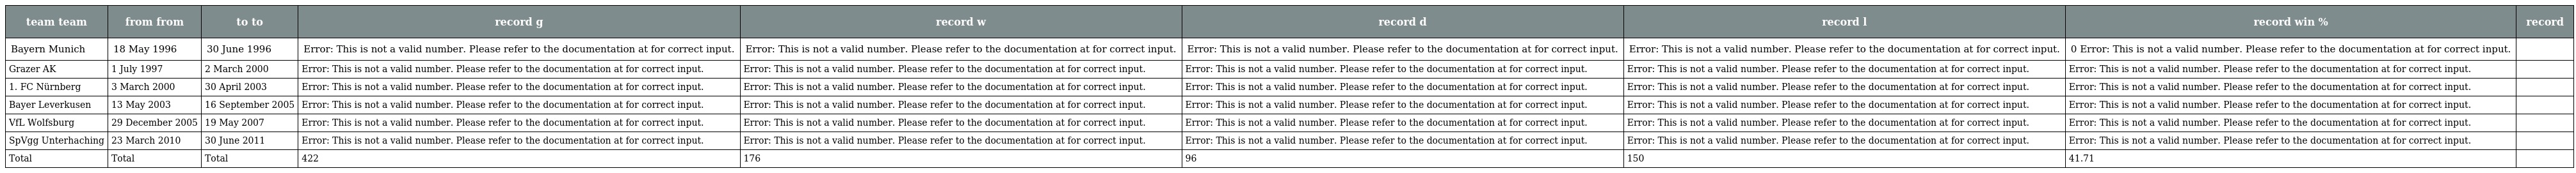
| team team | from from | to to | record g | record w | record d | record l | record win % | record |
 | --- | --- | --- | --- | --- | --- | --- | --- | --- |
 | Bayern Munich | 18 May 1996 | 30 June 1996 | Error: This is not a valid number. Please refer to the documentation at for correct input. | Error: This is not a valid number. Please refer to the documentation at for correct input. | Error: This is not a valid number. Please refer to the documentation at for correct input. | Error: This is not a valid number. Please refer to the documentation at for correct input. | 0 Error: This is not a valid number. Please refer to the documentation at for correct input. |  |
 | Grazer AK | 1 July 1997 | 2 March 2000 | Error: This is not a valid number. Please refer to the documentation at for correct input. | Error: This is not a valid number. Please refer to the documentation at for correct input. | Error: This is not a valid number. Please refer to the documentation at for correct input. | Error: This is not a valid number. Please refer to the documentation at for correct input. | Error: This is not a valid number. Please refer to the documentation at for correct input. |  |
 | 1. FC Nürnberg | 3 March 2000 | 30 April 2003 | Error: This is not a valid number. Please refer to the documentation at for correct input. | Error: This is not a valid number. Please refer to the documentation at for correct input. | Error: This is not a valid number. Please refer to the documentation at for correct input. | Error: This is not a valid number. Please refer to the documentation at for correct input. | Error: This is not a valid number. Please refer to the documentation at for correct input. |  |
 | Bayer Leverkusen | 13 May 2003 | 16 September 2005 | Error: This is not a valid number. Please refer to the documentation at for correct input. | Error: This is not a valid number. Please refer to the documentation at for correct input. | Error: This is not a valid number. Please refer to the documentation at for correct input. | Error: This is not a valid number. Please refer to the documentation at for correct input. | Error: This is not a valid number. Please refer to the documentation at for correct input. |  |
 | VfL Wolfsburg | 29 December 2005 | 19 May 2007 | Error: This is not a valid number. Please refer to the documentation at for correct input. | Error: This is not a valid number. Please refer to the documentation at for correct input. | Error: This is not a valid number. Please refer to the documentation at for correct input. | Error: This is not a valid number. Please refer to the documentation at for correct input. | Error: This is not a valid number. Please refer to the documentation at for correct input. |  |
 | SpVgg Unterhaching | 23 March 2010 | 30 June 2011 | Error: This is not a valid number. Please refer to the documentation at for correct input. | Error: This is not a valid number. Please refer to the documentation at for correct input. | Error: This is not a valid number. Please refer to the documentation at for correct input. | Error: This is not a valid number. Please refer to the documentation at for correct input. | Error: This is not a valid number. Please refer to the documentation at for correct input. |  |
 | Total | Total | Total | 422 | 176 | 96 | 150 | 41.71 |  |